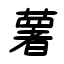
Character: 薯